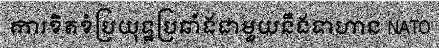
ការខិតខំប្រយុទ្ឋប្រឆាំងជាមួយនឹងទាហាន NATO